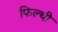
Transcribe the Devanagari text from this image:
फिल्थी